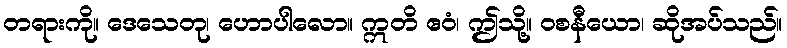
တရားကို။ ဒေသေတု၊ ဟောပါလော။ ဣတိ ဧဝံ၊ ဤသို့။ ဝစနီယော၊ ဆိုအပ်သည်။